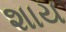
શાય